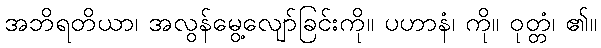
အဘိရတိယာ၊ အလွန်မွေ့လျော်ခြင်းကို။ ပဟာနံ၊ ကို။ ဝုတ္တံ၊ ၏။